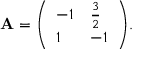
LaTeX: \mathbf { A } = { \left( \begin{array} { l l } { - 1 } & { { \frac { 3 } { 2 } } } \\ { 1 } & { - 1 } \end{array} \right) } .